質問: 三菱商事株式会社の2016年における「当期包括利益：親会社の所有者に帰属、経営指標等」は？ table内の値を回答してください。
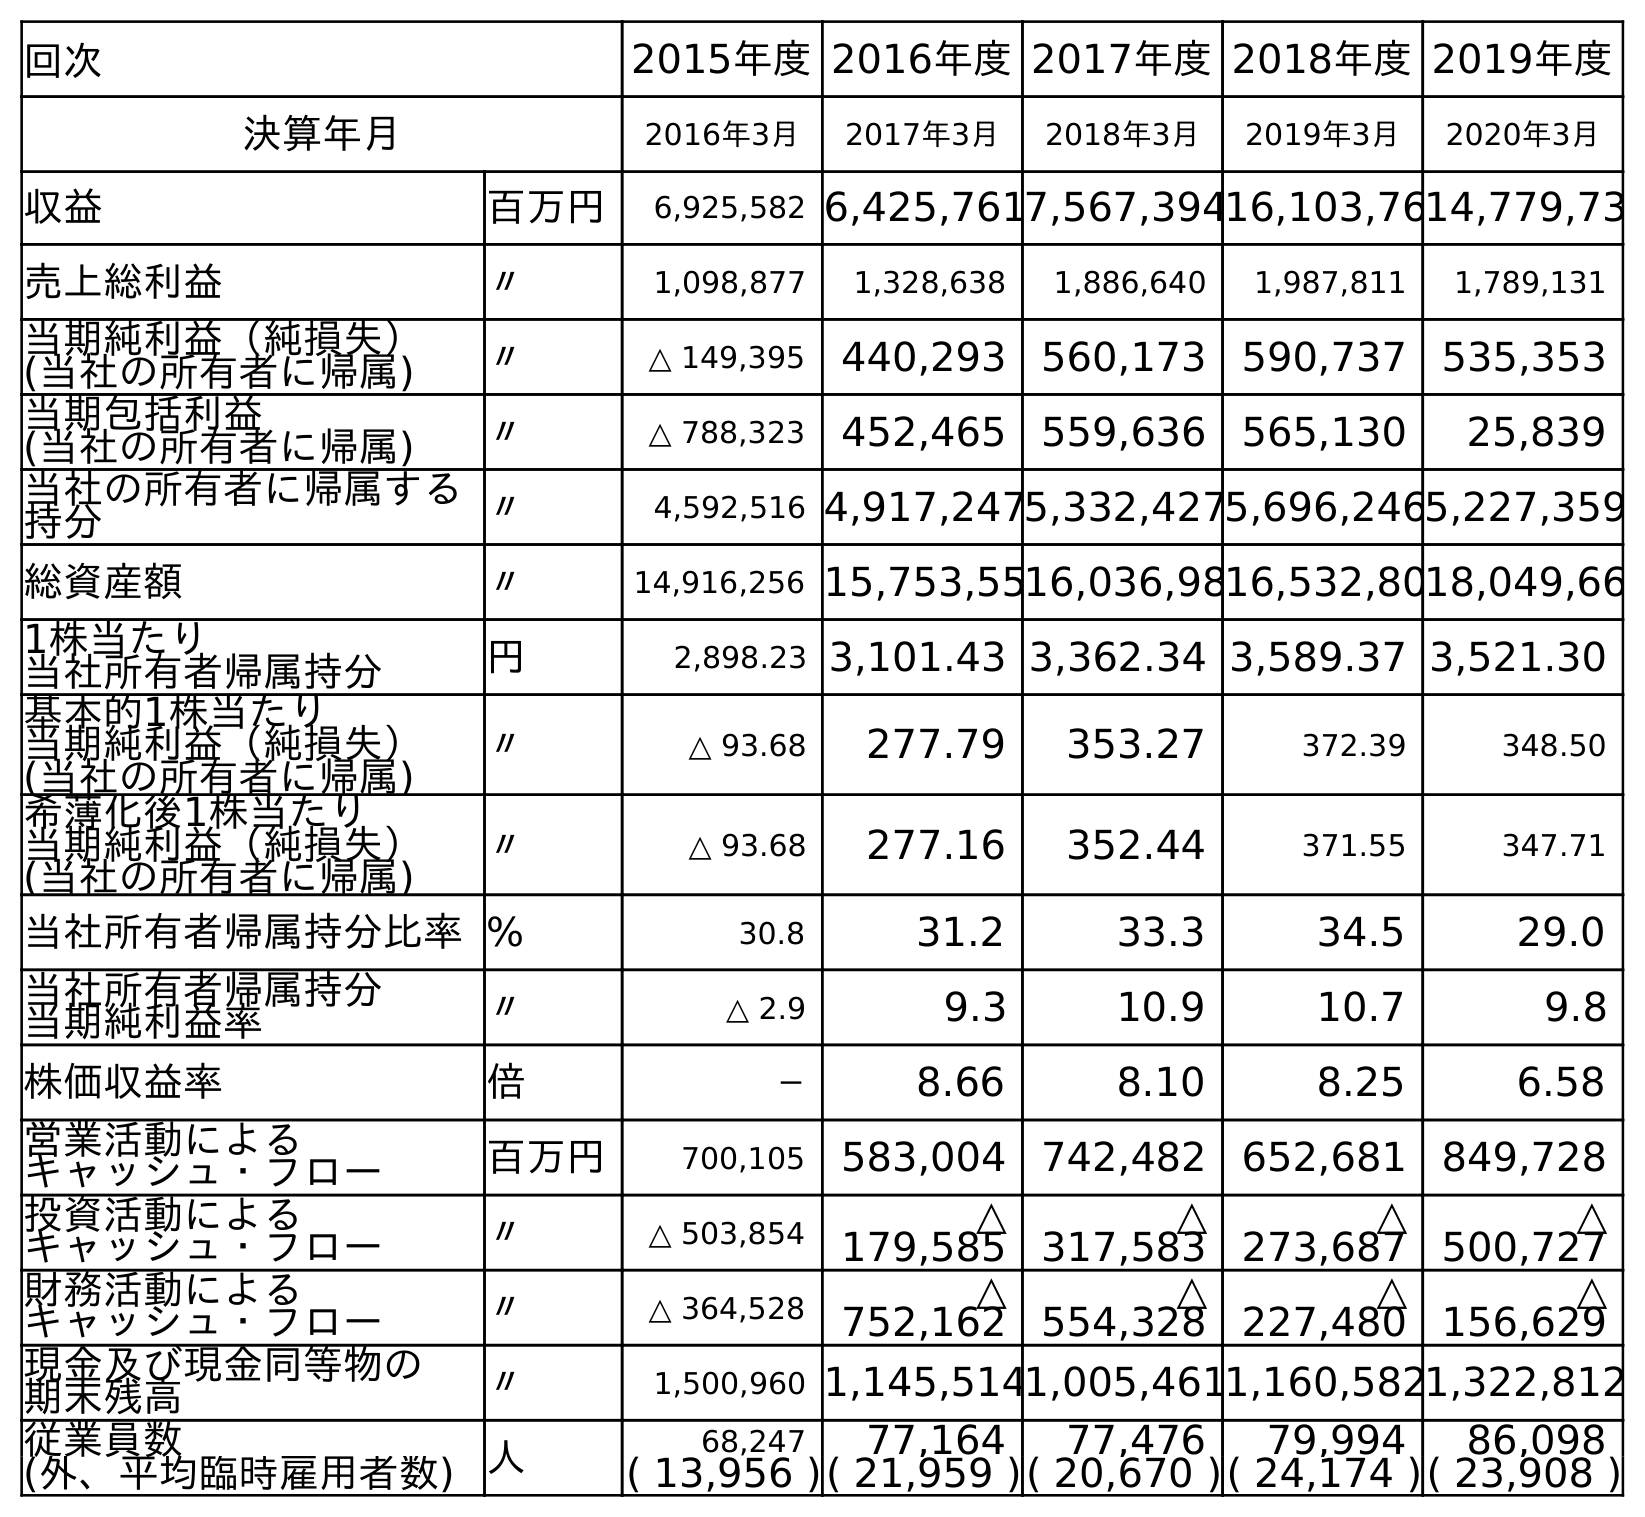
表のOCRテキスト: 回次 2015年度2016年度2017年度2018年度2019年度 決算年月 2016年3月 2017年3月 2018年3月 2019年3月 2020年3月 収益 百万円 6,925,582 6,425,7617,567,39416,103,7614,779,73 売上総利益 〃 1,098,877 1,328,638 1,886,640 1,987,811 1,789,131 当期純利益（純損失） (当社の所有者に帰属) 〃 △ 149,395 440,293 560,173 590,737 535,353 当期包括利益 (当社の所有者に帰属) 〃 △ 788,323 452,465 559,636 565,130 25,839 当社の所有者に帰属する 持分 〃 4,592,516 4,917,2475,332,4275,696,2465,227,359 総資産額 〃 14,916,256 15,753,5516,036,9816,532,8018,049,66 1株当たり 当社所有者帰属持分 円 2,898.23 3,101.43 3,362.34 3,589.37 3,521.30 基本的1株当たり 当期純利益（純損失） (当社の所有者に帰属) 〃 △ 93.68 277.79 353.27 372.39 348.50 希薄化後1株当たり 当期純利益（純損失） (当社の所有者に帰属) 〃 △ 93.68 277.16 352.44 371.55 347.71 当社所有者帰属持分比率% 30.8 31.2 33.3 34.5 29.0 当社所有者帰属持分 当期純利益率 〃 △ 2.9 9.3 10.9 10.7 9.8 株価収益率 倍 － 8.66 8.10 8.25 6.58 営業活動による キャッシュ・フロー 百万円 700,105 583,004 742,482 652,681 849,728 投資活動による キャッシュ・フロー 〃 △ 503,854 △ 179,585 △ 317,583 △ 273,687 △ 500,727 財務活動による キャッシュ・フロー 〃 △ 364,528 △ 752,162 △ 554,328 △ 227,480 △ 156,629 現金及び現金同等物の 期末残高 〃 1,500,960 1,145,5141,005,4611,160,5821,322,812 従業員数 人 68,247 77,164 77,476 79,994 86,098 (外、平均臨時雇用者数) ( 13,956 )( 21,959 )( 20,670 )( 24,174 )( 23,908 )
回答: △788,323